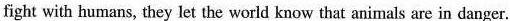
fight with humans, they let the world know that animals are in danger.